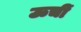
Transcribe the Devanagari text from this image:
ऊचीं